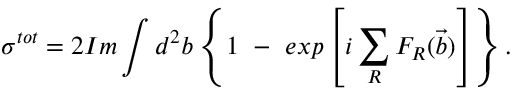
\sigma ^ { t o t } = 2 I m \int d ^ { 2 } b \left\{ 1 ~ - ~ e x p \left[ i \sum _ { R } F _ { R } ( \vec { b } ) \right] \right\} .